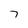
Character: 7